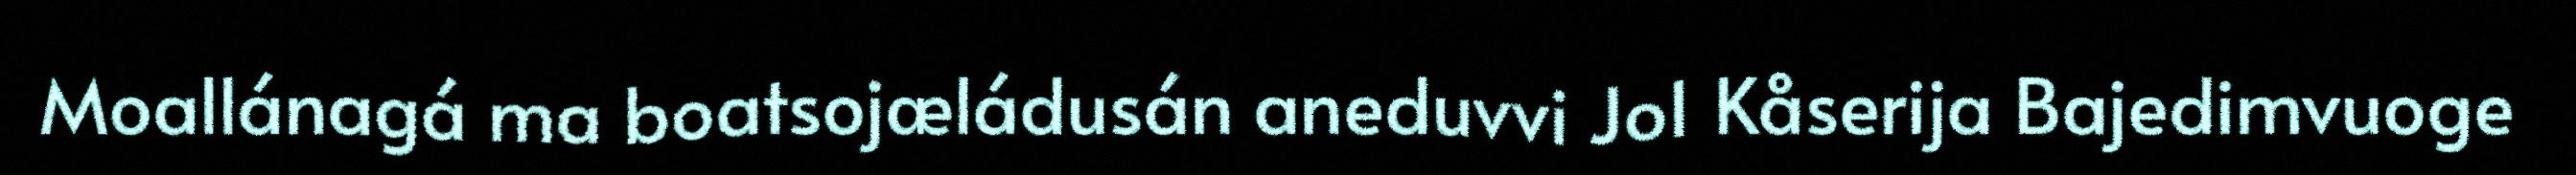
Moallánagá ma boatsojæládusán aneduvvi Jo1 Kåserija Bajedimvuoge